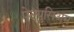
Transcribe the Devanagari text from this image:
पेल्युसिअम